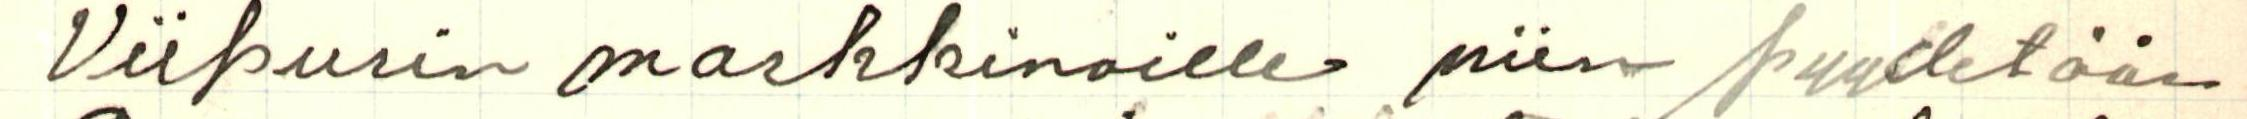
Viipurin markkinoille niin pyydetään